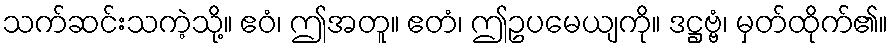
သက်ဆင်းသကဲ့သို့။ ဧဝံ၊ ဤအတူ။ ဧတံ၊ ဤဥပမေယျကို။ ဒဋ္ဌဗ္ဗံ၊ မှတ်ထိုက်၏။